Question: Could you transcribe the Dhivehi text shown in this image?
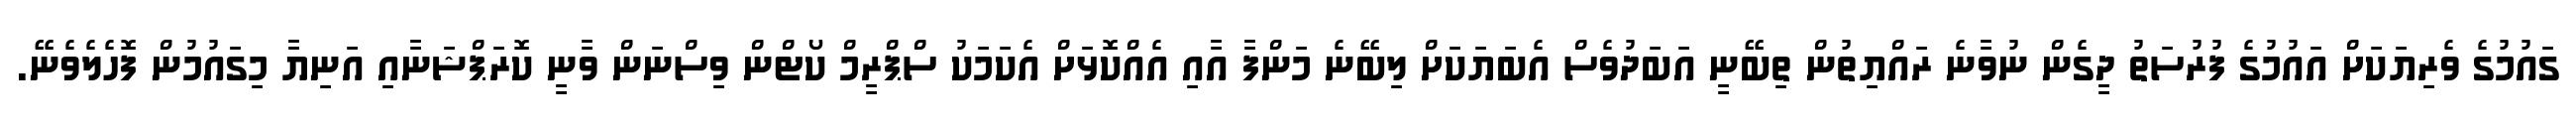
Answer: ގައުމުގެ ވެރިޔަކަށް އައުމުގެ ފުރުސަތު ދީގެން ނުވާނެ ރައްޔިތުން ތިބޭނީ އަބަދުވެސް އެބަޔަކަށް ލިބޭނެ މަންފާ އާއި އެއްކޮޅަށް އެކަމަކު ސްޕްރީމް ކޯޓްން ވިސްނަން ވާނީ ކޮރަޕްޝަނާއި އަނިޔާ މިގައުމުން ފޮހެލެވެނޭ.